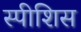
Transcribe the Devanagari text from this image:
स्पीशिस